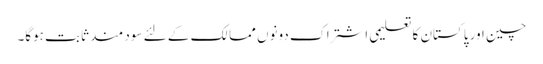
چین اور پاکستان کا تعلیمی اشتراک دونوں ممالک کے لئے سود مند ثابت ہوگا۔